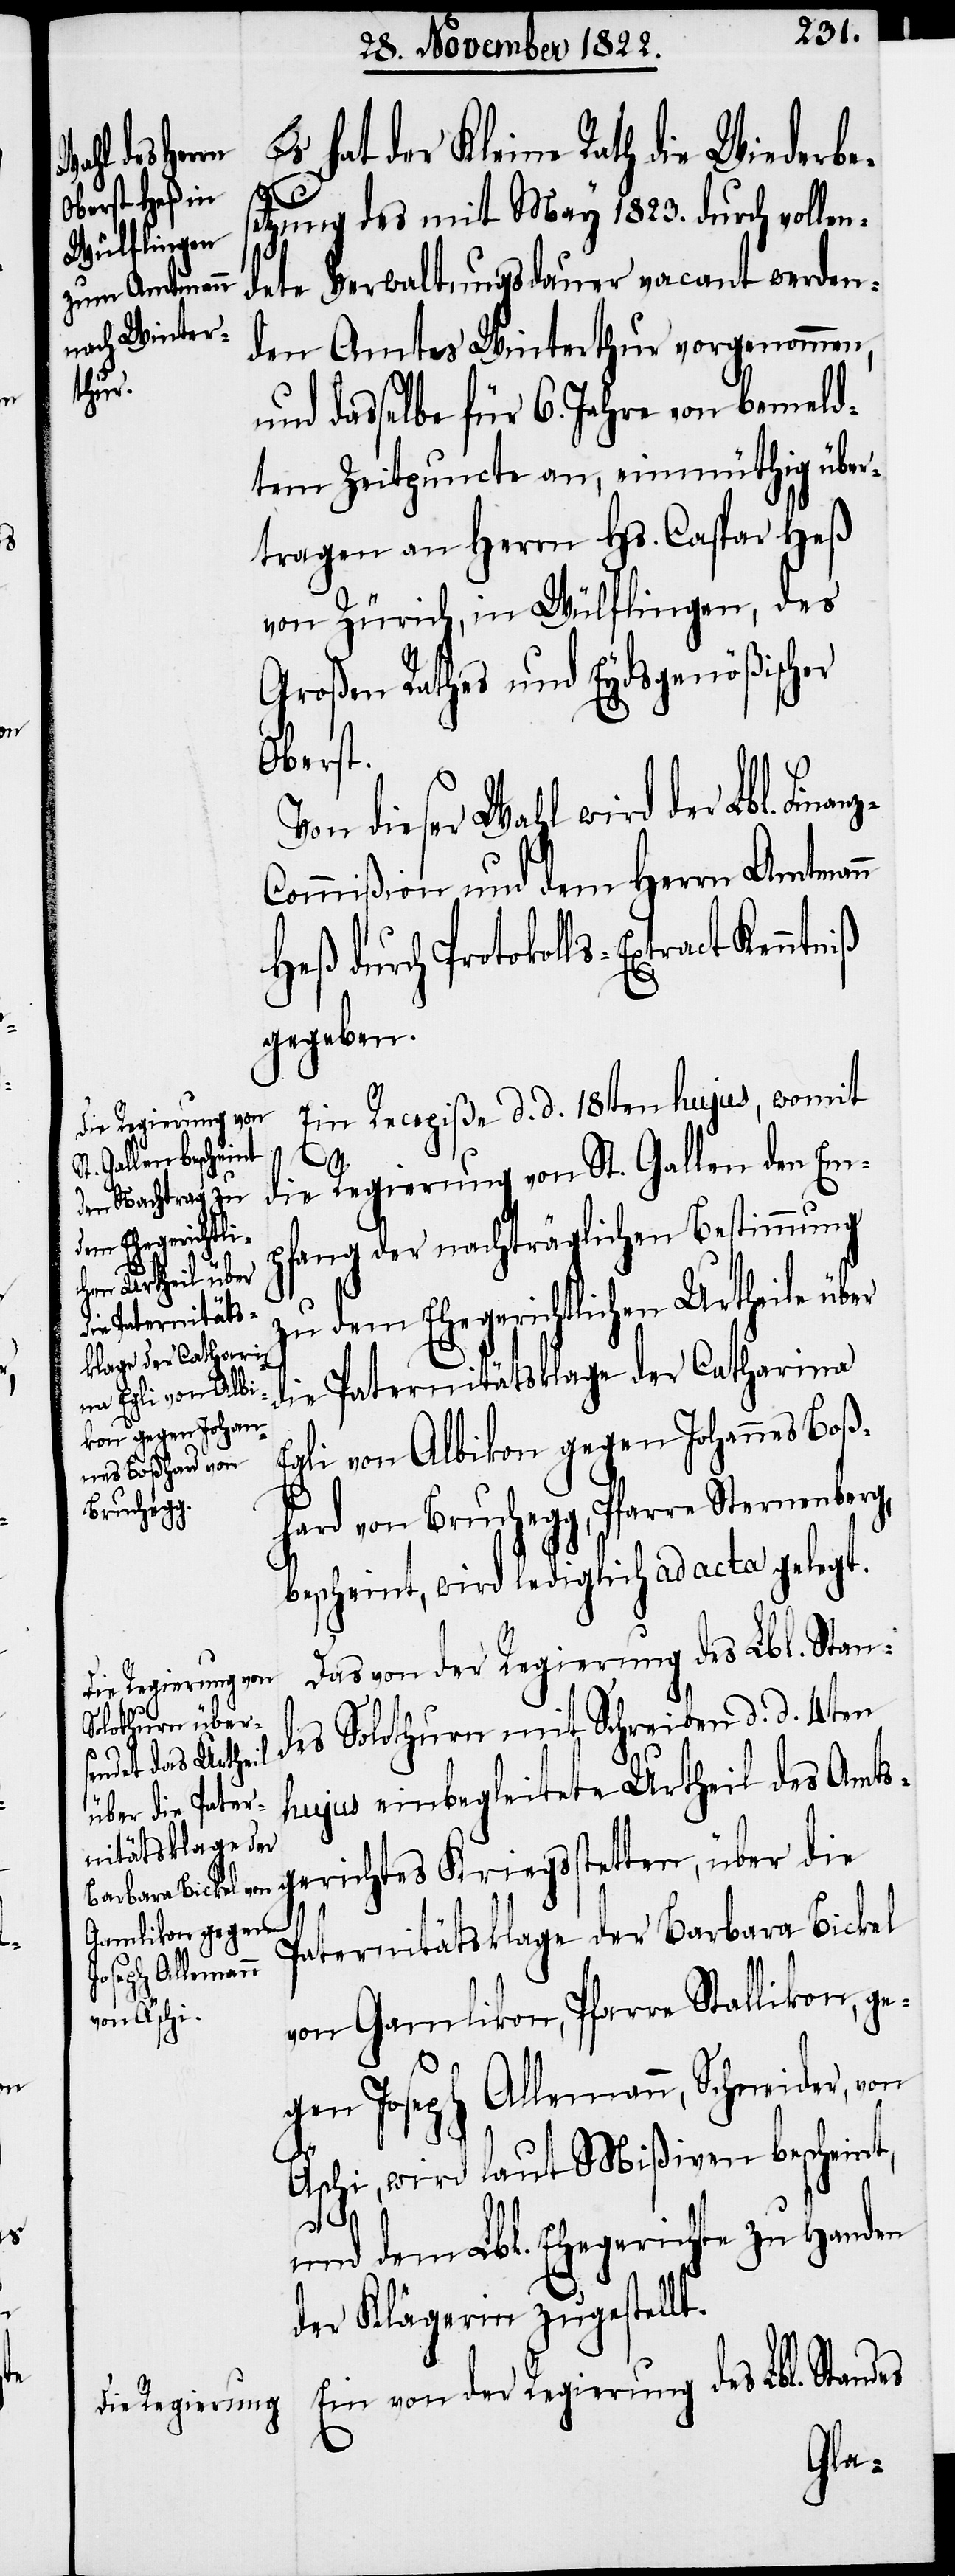
Es hat der Kleine Rath die Wiederbe¬
etzung des mit May 1823. durch vollen¬
dete Verwaltungsdauer vacant werden¬
den Amtes Winterthur vorgenommen,
und dasselbe für 6. Jahre von bemeld¬
tem Zeitpuncte an, einmüthig über¬
tragen an Herrn Hs. Caspar Heß
von Zürich, in Wülflingen, des
Großen Rathes und Eydsgenößischer
Oberst.
Von dieser Wahl wird der Lbl. Fina¬
ommißion und dem Herrn Amtmann
Heß durch Protokolls-Extract Kennt¬
gegeben.
Ein Recepiße d. d. 18ten hujus, womit
die Regierung von St. Gallen den Emp¬
fang der nachträglichen Bestimmung
gerichtes Kr¬
zu dem Ehegerichtlichen Urtheile über
die Paternitätsklage der Catharina
Egli von Albikon gegen Johannes Boß¬
hard von Bruchegg, Pfarre Sternenberg
bescheint, wird lediglich ad acta gelegt.
Das von der Regierung des Lbl. Stan¬
iegsstetten, über
des Solothurn mit Schreiben d. d. 4ten
hujus einbegleitete Urtheil des Amts¬
Paternitätsklage der Barbara Bickel
von Gamlikon, Pfarre Stallikon, ge¬
t.
gen Joseph Allemann, Schneider, von
Äschi, wird laut Mißiven bescheint,
die
und dem Lbl. Ehegerichte zu Handen
der Klägerin zugestell¬
Ein von der Regierung des Lbl. Standes